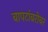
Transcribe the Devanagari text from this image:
बापटांबरोबर